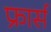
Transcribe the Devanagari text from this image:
फ्रार्स